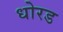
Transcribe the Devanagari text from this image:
धोरड